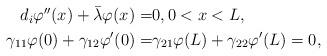
LaTeX: \begin{align*}\begin{aligned} d_i \varphi^{\prime \prime}(x)+\bar \lambda \varphi(x) =&0, 0<x<L,\\\gamma_{11} \varphi(0)+\gamma_{12}\varphi^\prime(0)=&\gamma_{21} \varphi(L)+\gamma_{22}\varphi^\prime(L)=0, \end{aligned}\end{align*}